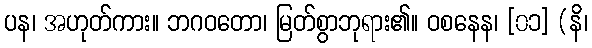
ပန၊ အဟုတ်ကား။ ဘဂဝတော၊ မြတ်စွာဘုရား၏။ ဝစနေန၊ [၀၁] (နိ၊